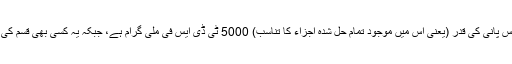
ان کے مطابق حل شدہ مجموعی مادّوں کے عالمی پیمانے (TDS) پر اس پانی کی قدر (یعنی اس میں موجود تمام حل شدہ اجزاء کا تناسب) 5000 ٹی ڈی ایس فی ملی گرام ہے، جبکہ یہ کسی بھی قسم کی حیات کےلیے نقصان د ہ نہیں؛ اور یہ پانی زہریلا نہیں بلکہ کھارا ہے۔